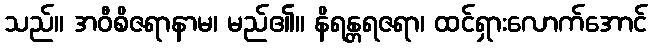
သည်။ အဝီစိဇရာနာမ၊ မည်၏။ နိရန္တရဇရာ၊ ထင်ရှားလောက်အောင်